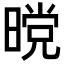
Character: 𭧋